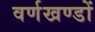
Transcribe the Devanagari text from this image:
वर्णखण्डों